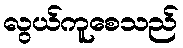
လွယ်ကူစေသည်